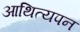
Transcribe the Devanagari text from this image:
आथित्यपन